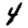
Digit: 4